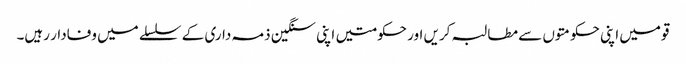
قومیں اپنی حکومتوں سے مطالبہ کریں اور حکومتیں اپنی سنگین ذمہ داری کے سلسلے میں وفادار رہیں۔